Vaccine operations Central Provinces & Berar 1922-1929 - 1922-1929
Year: 1922
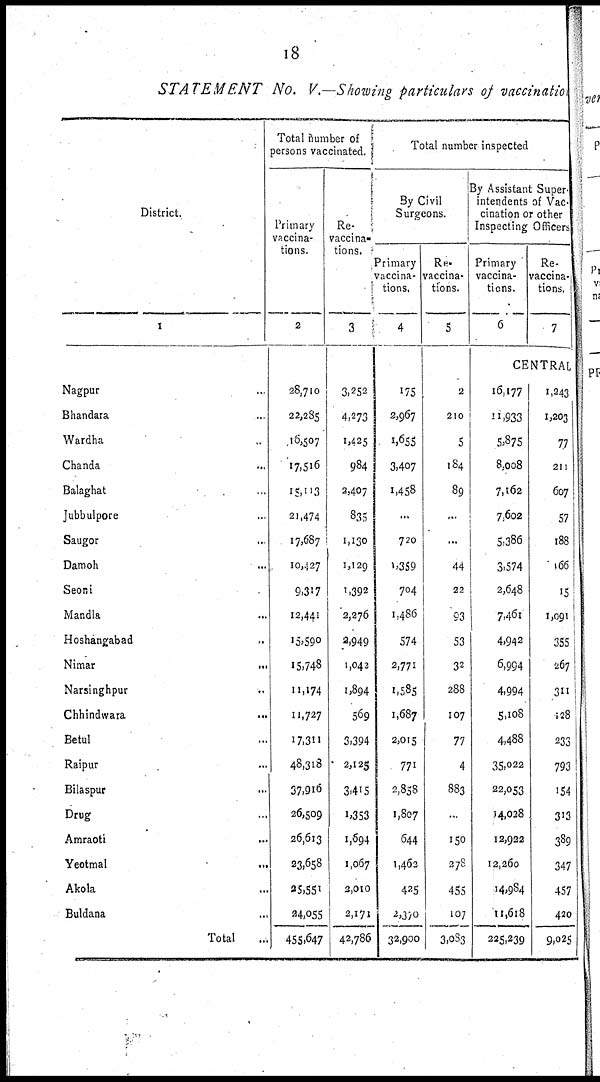
18
STATEMENT
No. V.—Showing particulars of vaccination
District.
1
Nagpur...
Bhandara...
Wardha...
Chanda...
Balaghat...
Jubbulpore...
Saugor...
Damoh...
Seoni...
Mandla...
Hoshangabad...
Nimar...
Narsinghpur...
Chhindwara...
Betul...
Raipur...
Bilaspur...
Drug...
Amraoti...
Yeotmal...
Akola...
Buldana...
Total...
Total number of
persons vaccinated.
Primary
vaccina-
tions.
2
28,710
22,285
16,507
17,516
15,113
21,474
17,687
10,427
9,317
12,441
15,590
I5,748
11,174
11,727
17,311
48,318
37,916
26,509
26,613
23,658
35,551
24,055
455,647
Re-
vaccina-
tions.
3
3,252
4,273
1,425
984
2,407
835
1,130
1,129
1,392
2,276
2,949
1,042
1,894
569
3,394
2,125
3,415
1,353
1,694
1,067
2,010
2,171
42,786
Total number inspected
By Civil
Surgeons.
Primary
vaccina-
tions.
4
175
2,967
1,655
3,407
1,458
...
720
1,359
704
1,486
574
2,771
1,585
1,687
2,015
771
2,858
1,807
644
1,462
425
2,370
32,900
Re¬
vaccina-
tions.
5
2
210
5
184
89
...
...
44
22
93
53
32
288
107
77
4
883
..
150
278
455
107
3,083
By Assistant Super-
intendents of Vac-
cination or other
Inspecting Officers
Primary
vaccina-
tions.
6
Re-
vaccina-
tions.
7
CENTRAL
16,177
11,933
5,875
8,008
7,162
7,602
5,386
3,574
2,648
7,461
4,942
6,994
4,994
5,108
4,488
35,022
22,053
14,028
12,922
12,260
14,984
11,618
225,239
1,243
1,203
77
211
607
57
188
166
15
1,091
355
267
311
128
233
793
154
313
389
347
457
420
9,025